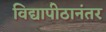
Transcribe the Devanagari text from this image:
विद्यापीठानंतर